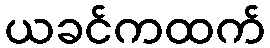
ယခင်ကထက်